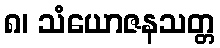
၈၊ သံယောဇနသတ္တ